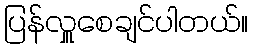
ပြန်လှူစေချင်ပါတယ်။